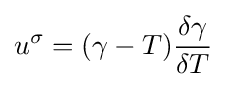
u^{\sigma }=(\gamma -T){\frac {\delta \gamma }{\delta T}}